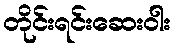
တိုင်းရင်းဆေးဝါး